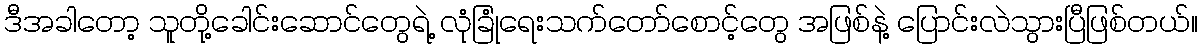
ဒီအခါတော့ သူတို့ခေါင်းဆောင်တွေရဲ့ လုံခြုံရေးသက်တော်စောင့်တွေ အဖြစ်နဲ့ ပြောင်းလဲသွားပြီဖြစ်တယ်။